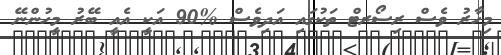
މިހާރު ވެސް ރިސޯރޓް ތަކުގައި އަދިވެސް %90 އަކީ އެއީ ބޭރު މީހުންނޭ